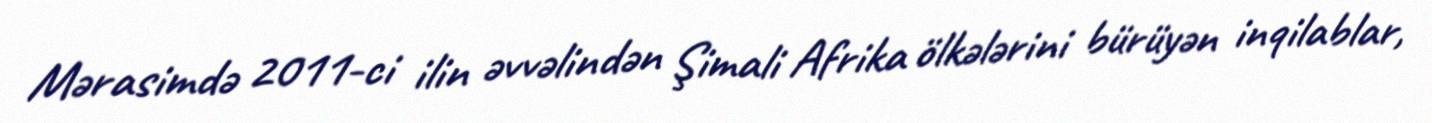
Mərasimdə 2011-ci ilin əvvəlindən Şimali Afrika ölkələrini bürüyən inqilablar,